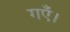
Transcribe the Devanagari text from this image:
गएँ।